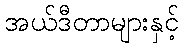
အယ်ဒီတာများနှင့်